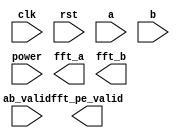
module FFT_PE(
			 clk, 
			 rst, 			 
			 a, 
			 b,
			 power,			 
			 ab_valid, 
			 fft_a, 
			 fft_b,
			 fft_pe_valid
			 );

input clk, rst; 		 
input signed [31:0] a, b;
input [2:0] power;
input ab_valid;	

output reg [31:0] fft_a, fft_b;
output reg fft_pe_valid;


always @(posedge clk ) begin
	if(rst) begin
		
	end
	else begin
		
	end
end

always @(*) begin
       
end

endmodule